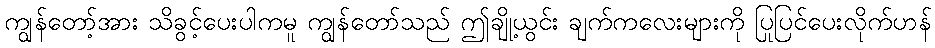
ကျွန်တော့်အား သိခွင့်ပေးပါကမူ ကျွန်တော်သည် ဤချို့ယွင်း ချက်ကလေးများကို ပြုပြင်ပေးလိုက်ဟန်